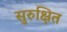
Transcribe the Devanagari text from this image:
सुरुक्षित